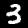
Label: 3